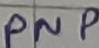
Text: PNP